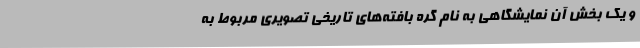
و یک بخش آن نمایشگاهی به نام گره بافته‌های تاریخی تصویری مربوط به